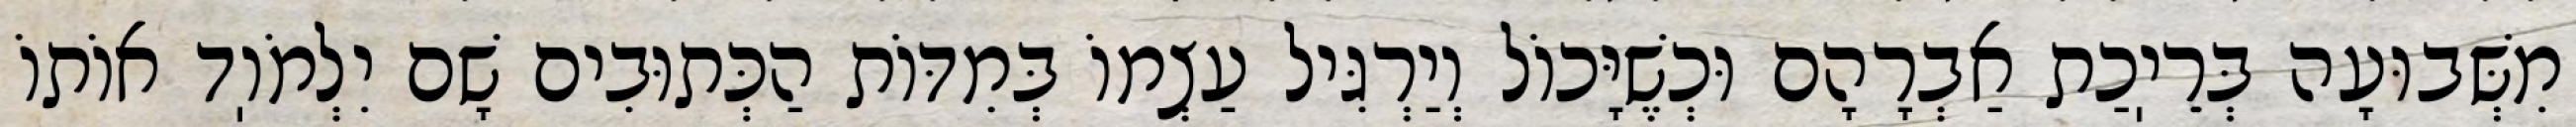
מִשְּׁבוּעָה בְּרֵיֽכַת אַבְרָהָם וּכְשֶׁיָּכוֹל וְיַרְגִּיל עַצְמוֹ בְּמִדּוֹת הַכְּתוּבִים שָׁם יִלְמֹוֽד אוֹתוֹ